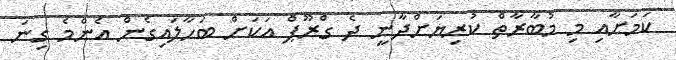
ކަމަށާއި މި މުބާރާތް ކުރިޔަށްދާނީ ދެ ގްރޫޕް އަކަށް ބަހާލައިގެން އެންމެ ގިނަ